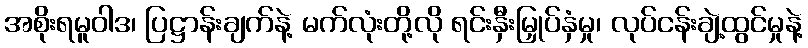
အစိုးရမူဝါဒ၊ ပြဋ္ဌာန်းချက်နဲ့ မက်လုံးတို့လို ရင်းနှီးမြှုပ်နှံမှု၊ လုပ်ငန်းချဲ့ထွင်မှုနဲ့